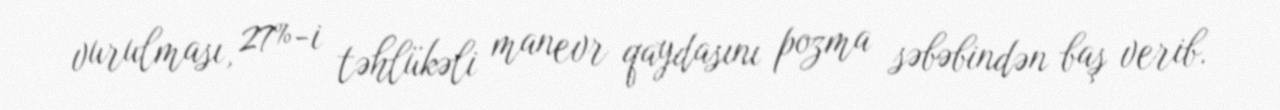
vurulması, 27%-i təhlükəli manevr qaydasını pozma səbəbindən baş verib.